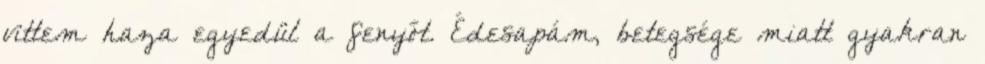
vittem haza egyedül a fenyőt. Édesapám, betegsége miatt gyakran